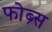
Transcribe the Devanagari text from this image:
फोब्र्स